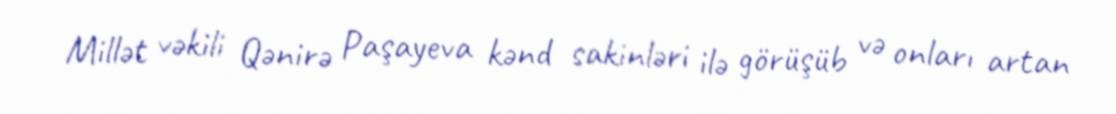
Millət vəkili Qənirə Paşayeva kənd sakinləri ilə görüşüb və onları artan